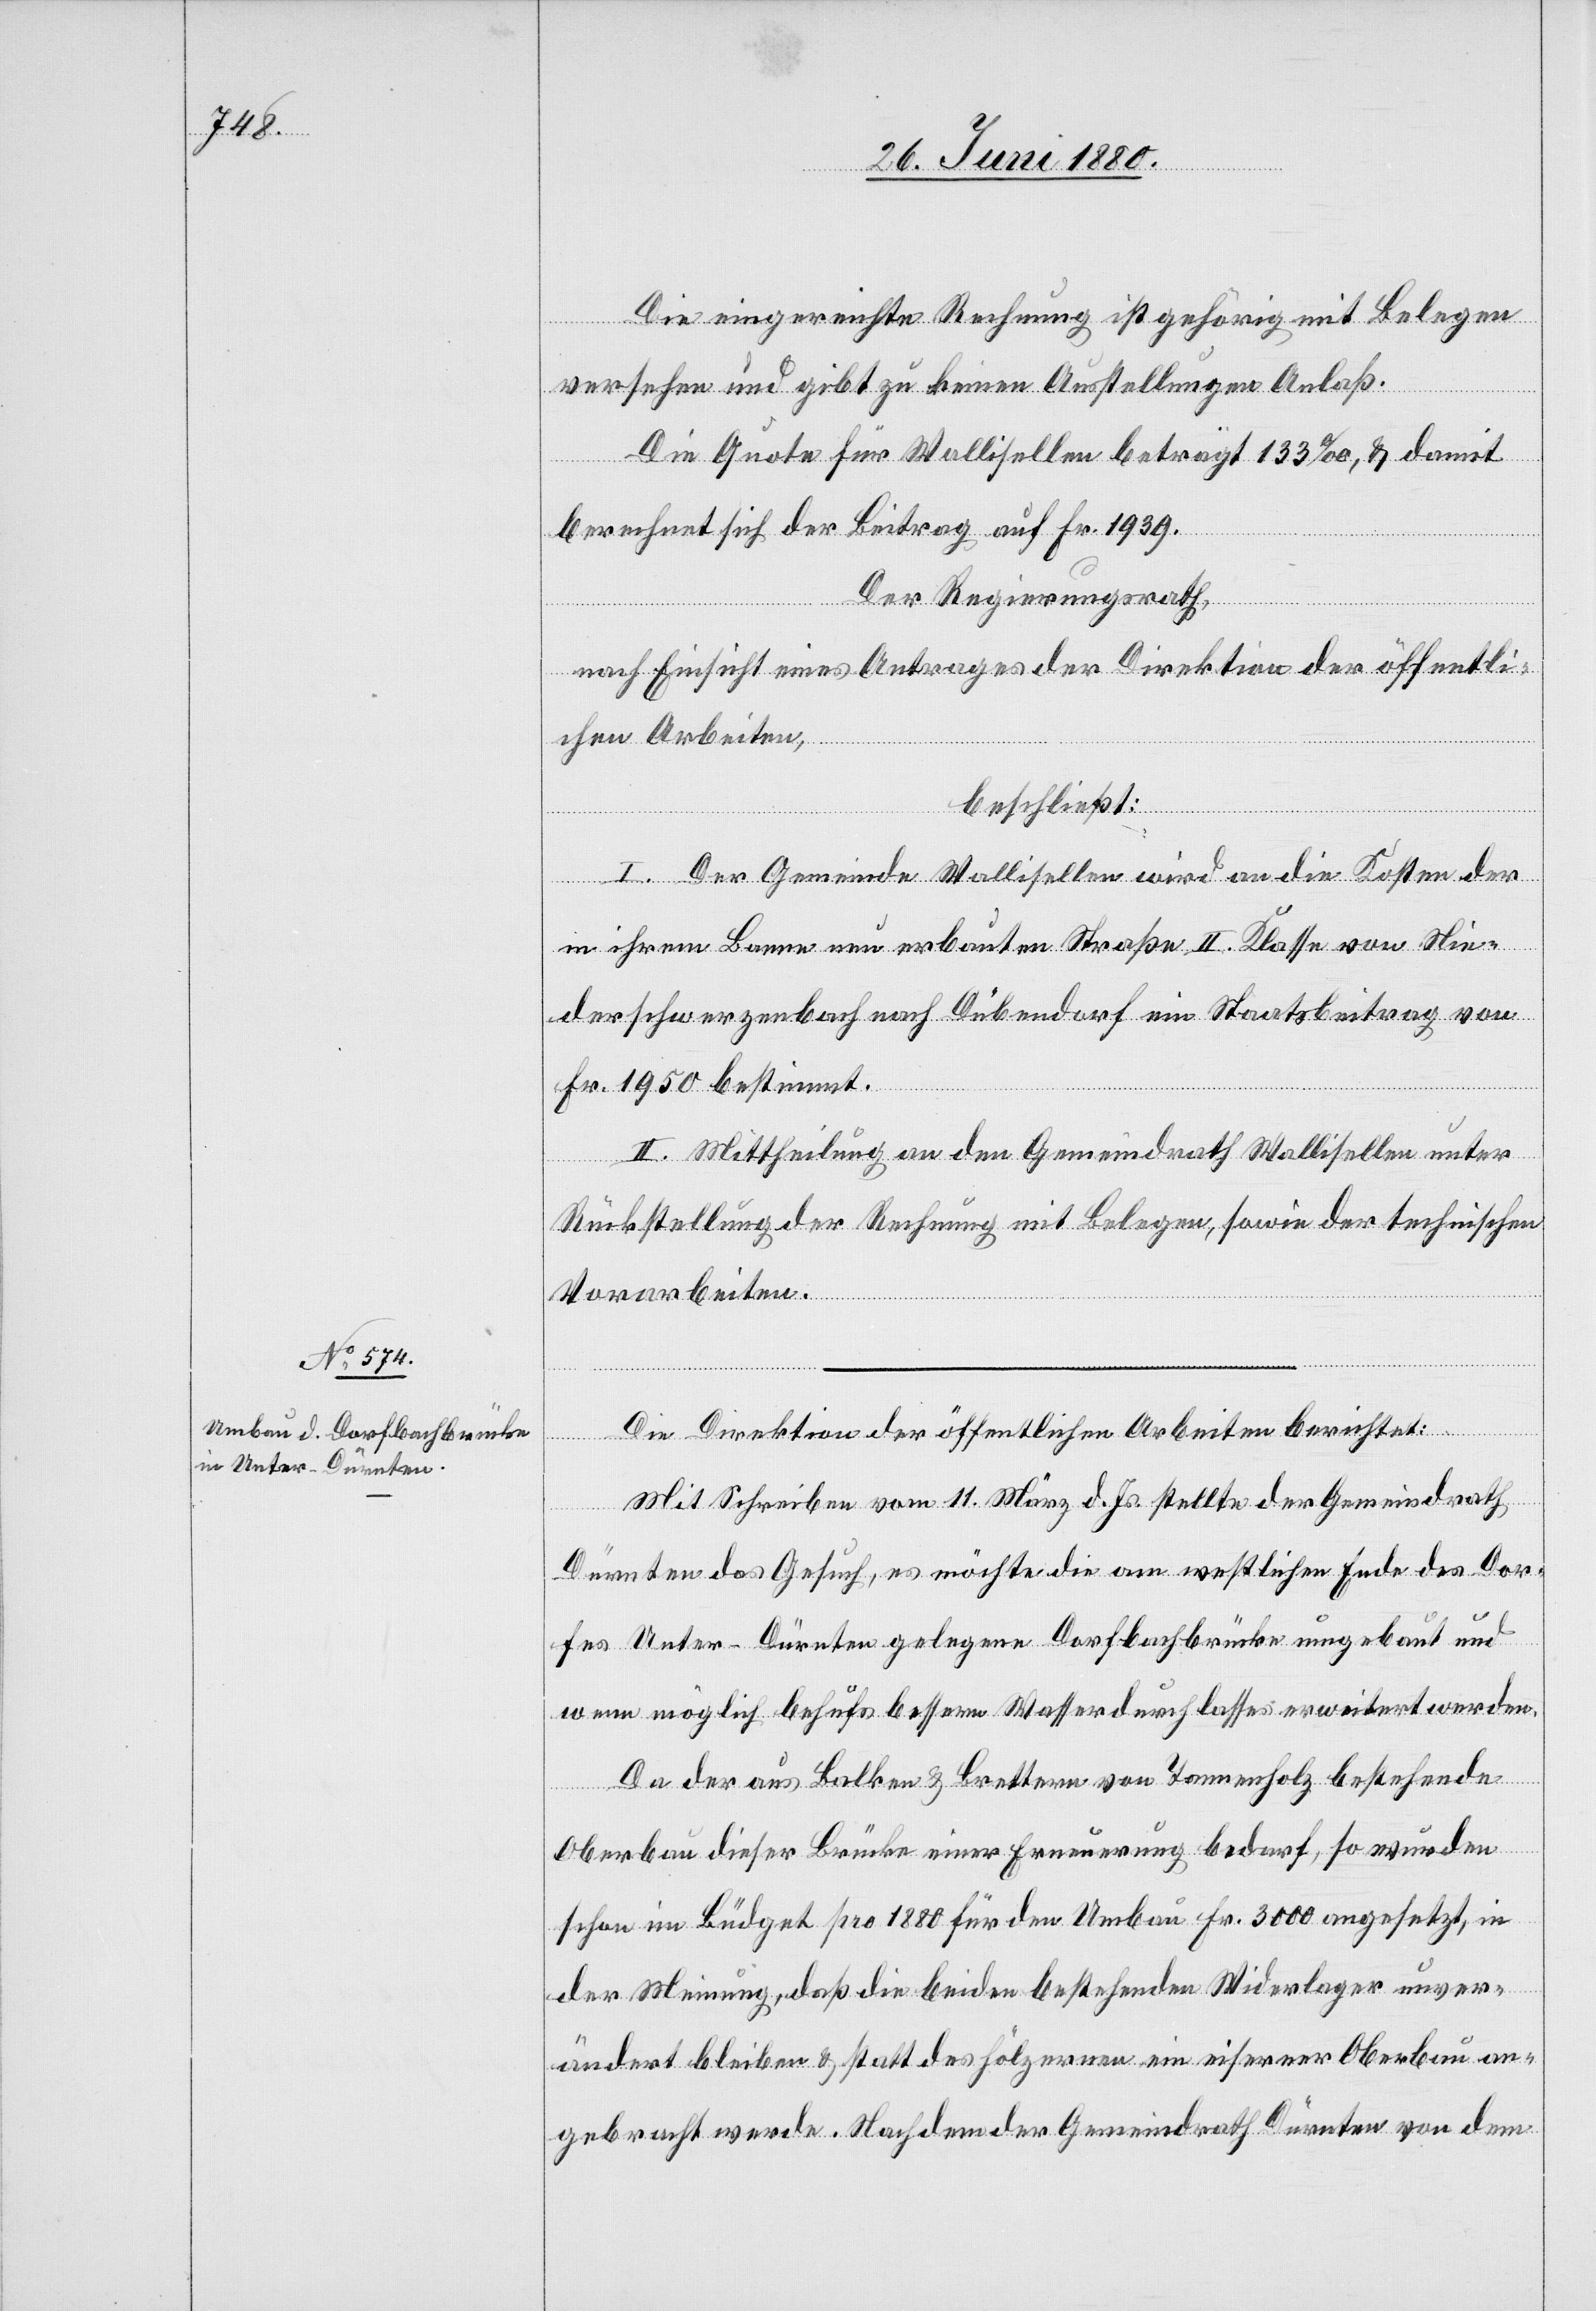
Die eingereichte Rechnung ist gehörig mit Belegen
versehen und gibt zu keinen Ausstellungen Anlaß.
Die Quote für Wallisellen beträgt 133‰, & damit
berechnet sich der Beitrag auf Fr. 1939.
Der Regierungsrath,
nach Einsicht eines Antrages der Direktion der öffentli¬
chen Arbeiten,
beschließt:
I. Der Gemeinde Wallisellen wird an die Kosten der
in ihrem Banne neu erbauten Straße II. Klasse von Nie¬
derschwerzenbach nach Dübendorf ein Staatsbeitrag von
Fr. 1950 bestimmt.
II. Mittheilung an den Gemeindrath Wallisellen unter
Rückstellung der Rechnung mit Belegen, sowie der technischen
Vorarbeiten.